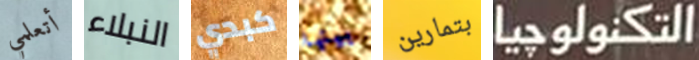
أتعلمي النبلاء كبدي بينها بتمارين التكنولوجيا